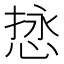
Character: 𫺖